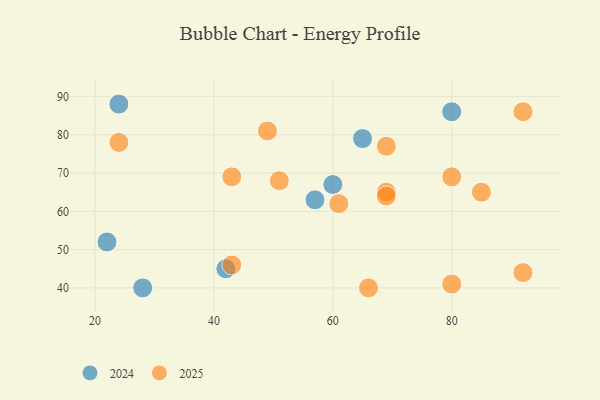
{"axis": {"x": "GDP", "y": "Life Expectancy"}, "legend": ["2024", "2025"], "data": [{"x": "80", "y": 86, "type": "2024"}, {"x": "65", "y": 79, "type": "2024"}, {"x": "57", "y": 63, "type": "2024"}, {"x": "42", "y": 45, "type": "2024"}, {"x": "28", "y": 40, "type": "2024"}, {"x": "60", "y": 67, "type": "2024"}, {"x": "22", "y": 52, "type": "2024"}, {"x": "24", "y": 88, "type": "2024"}, {"x": "80", "y": 41, "type": "2025"}, {"x": "92", "y": 44, "type": "2025"}, {"x": "92", "y": 86, "type": "2025"}, {"x": "51", "y": 68, "type": "2025"}, {"x": "80", "y": 69, "type": "2025"}, {"x": "85", "y": 65, "type": "2025"}, {"x": "49", "y": 81, "type": "2025"}, {"x": "43", "y": 69, "type": "2025"}, {"x": "69", "y": 77, "type": "2025"}, {"x": "69", "y": 65, "type": "2025"}, {"x": "66", "y": 40, "type": "2025"}, {"x": "69", "y": 64, "type": "2025"}, {"x": "61", "y": 62, "type": "2025"}, {"x": "24", "y": 78, "type": "2025"}, {"x": "43", "y": 46, "type": "2025"}]}